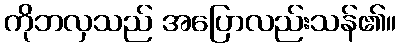
ကိုဘလှသည် အပြောလည်းသန်၏။